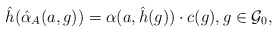
\begin{align*} \hat{h}(\hat{\alpha}_A(a,g))=\alpha(a, \hat{h}(g))\cdot c(g),g\in \mathcal{G}_0,\end{align*}